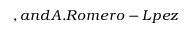
, a n d A . R o m e r o - L \' { o } p e z